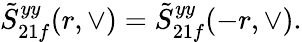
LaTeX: \tilde{S}_{21f}^{yy}(r,\vee)=\tilde{S}_{21f}^{yy}(-r,\vee).